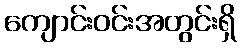
ကျောင်းဝင်းအတွင်းရှိ